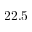
2 2 . 5